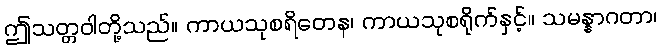
ဤသတ္တဝါတို့သည်။ ကာယသုစရိတေန၊ ကာယသုစရိုက်နှင့်။ သမန္နာဂတာ၊